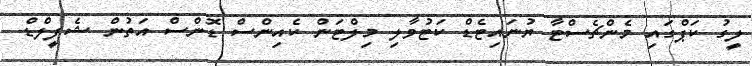
ލީގު ކަޕްގައި މެންޗެސްޓާ ޔުނައިޓެޑް ކަޓުވާލި މިލްޓަން ކެއިންސް ޑޮންސް އަތުން ޝެފީލްޑް